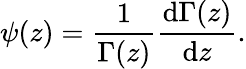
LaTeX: \psi(z)=\frac{1}{\Gamma(z)}\frac{\mathrm{d}\Gamma(z)}{\mathrm{d}z}.